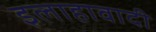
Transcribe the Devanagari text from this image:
इलाहावादी